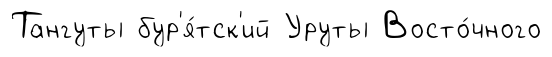
Тангуты бур'я́тск'ий Уруты Восто́чного